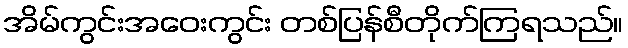
အိမ်ကွင်းအဝေးကွင်း တစ်ပြန်စီတိုက်ကြရသည်။